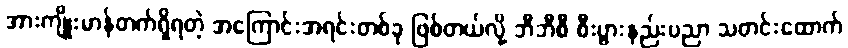
အားကျိုးမာန်တက်ရှိရတဲ့ အကြောင်းအရင်းတစ်ခု ဖြစ်တယ်လို့ ဘီဘီစီ စီးပွားနည်းပညာ သတင်းထောက်